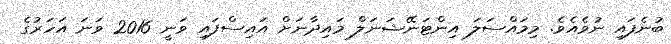
ބުނެފައި ނުވެއެވެ. މިމައްސަލަ އިންޓަނޭޝަނަލް މައިދާނަށް އައިސްފައި ވަނީ 2016 ވަނަ އަހަރުގެ